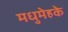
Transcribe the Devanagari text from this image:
मधुमेहके